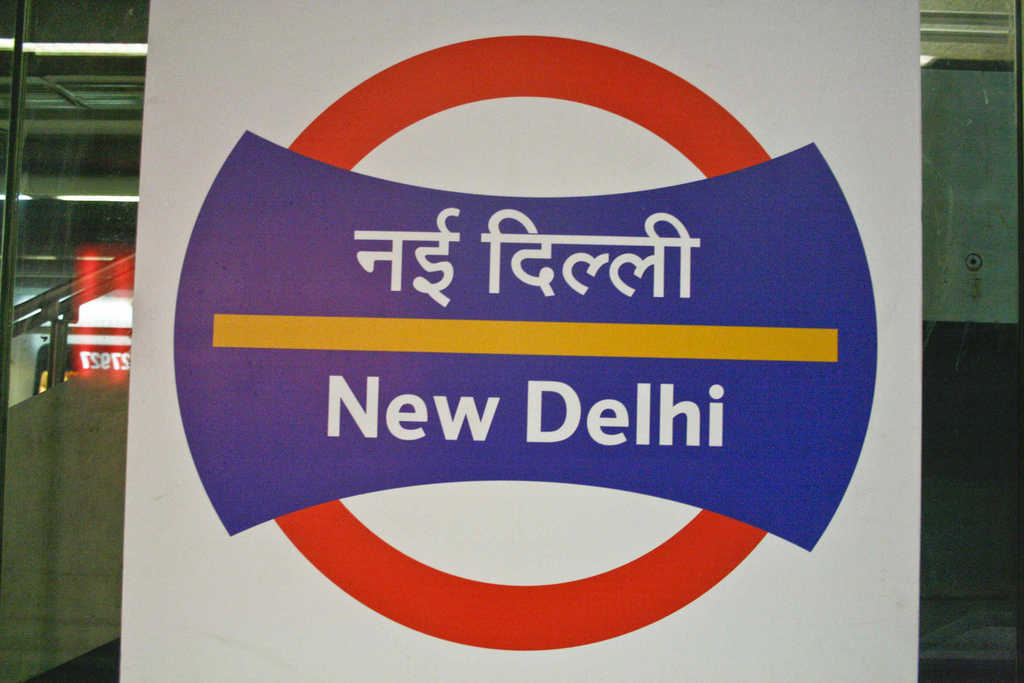
Language: hindi
Transcription: दिल्ली नई